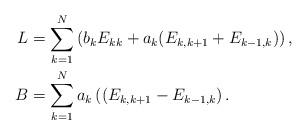
LaTeX: \begin{align*}L &= \sum_{k=1}^N \left( b_k E_{kk} + a_k (E_{k,k+1} + E_{k-1,k}) \right), \\B &= \sum_{k=1}^N a_k\left( (E_{k,k+1} - E_{k-1,k} \right).\end{align*}